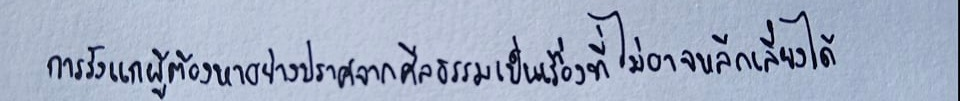
การรังแกผู้ต้องหาอย่างปราศจากศีลธรรมเป็นเรื่องที่ไม่อาจหลีกเลี่ยงได้